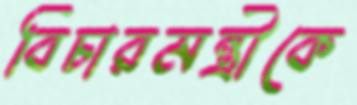
বিচারমন্ত্রীকে